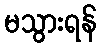
မသွားရန်